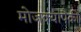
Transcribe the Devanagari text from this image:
मोजक्यांपैकी